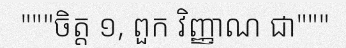
"""ចិត្ត ១, ពួក វិញ្ញាណ ជា"""